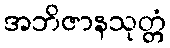
အဘိဇာနသုတ္တံ